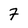
Character: 7